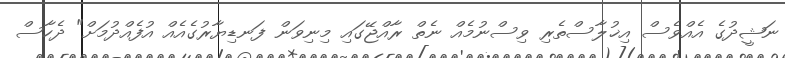
ނަޝީދުގެ އެއްވެސް އިޚުލާސްތެރި ވިސްނުމެއް ނެތް ރާއްޖޭގައި މިނިވަން ފަނޑިޔާރުގެއެއް އުފެއްދުމަށް" ދެހާސް